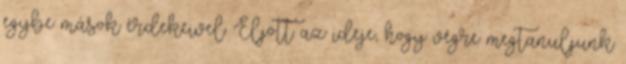
egybe mások érdekeivel. Eljött az ideje, hogy végre megtanuljunk